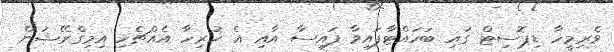
ވެރިމީހާ ޑިޕޮސިޓް ގައި ބަހައްޓާފައިވާ ފައިސާ އާއި އެ ހުރިހާ އެއްޗެހި އިމިގްރޭޝަން